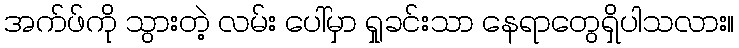
အက်ဖ်ကို သွားတဲ့ လမ်း ပေါ်မှာ ရှုခင်းသာ နေရာတွေရှိပါသလား။